Burma Government Medical School reports 1923-41
Year: 1923
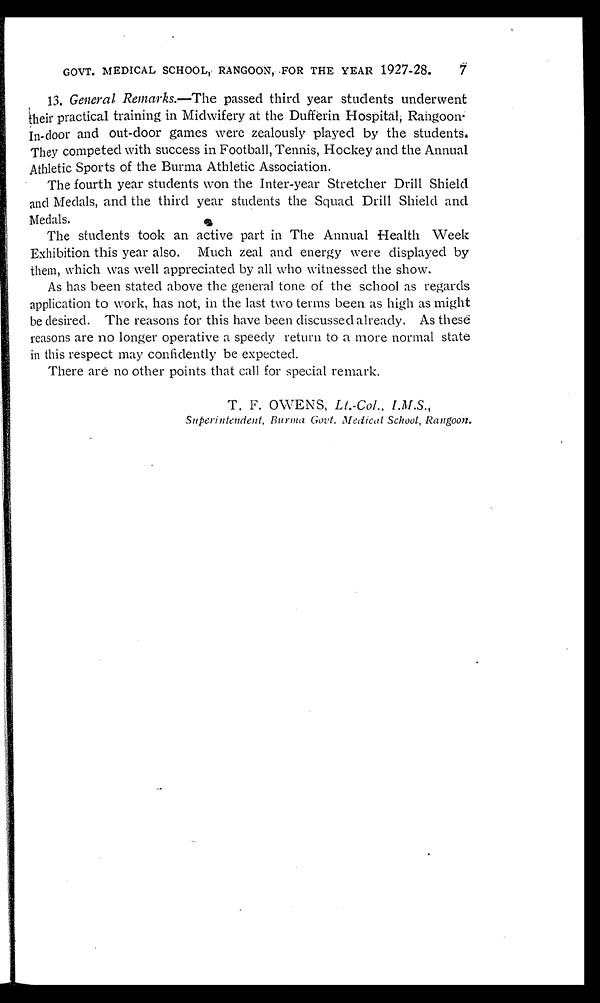
GOVT. MEDICAL SCHOOL, RANGOON, FOR THE YEAR 1927-28.
13. General Remarks.— The passed third year students underwent
their practical training in Midwifery at the Dufferin Hospital, Rangoon.
In-door and out-door games were zealously played by the students.
They competed with success in Football, Tennis, Hockey and the Annual
Athletic Sports of the Burma Athletic Association.
The fourth year students won the Inter-year Stretcher Drill Shield
and Medals, and the third year students the Squad Drill Shield and
Medals.
The students took an active part in The Annual Health Week
Exhibition this year also. Much zeal and energy were displayed by
them, which was well appreciated by all who witnessed the show.
As has been stated above the general tone of the school as regards
application to work, has not, in the last two terms been as high as might
be desired. The reasons for this have been discussed already. As these
reasons are no longer operative a speedy return to a more normal state
in this respect may confidently be expected.
There are no other points that call for special remark.
T. F. OWENS, Lt.-Col., I.M.S.,
S u p e r i n t e n d e n t , B u r m a G o v t . M e d i c a l S c h o o l , R a n g o o n .
7